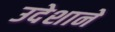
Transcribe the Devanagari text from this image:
उदेशाने